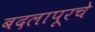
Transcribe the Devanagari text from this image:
बदलापूरचे